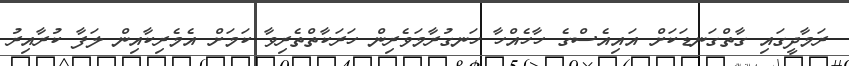
ރަމާދީގައި ގާތްގަނޑަކަށް އައިއެސްގެ ހާހެއްހާ ހަނގުރާމަވެރިން ހަރަކާތްތެރިވާ ކަމަށް އެމެރިކާއިން ލަފާ ކުރާއިރު